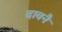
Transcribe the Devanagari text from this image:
दावनै